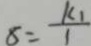
8 = \frac { k _ { 1 } } { 1 }